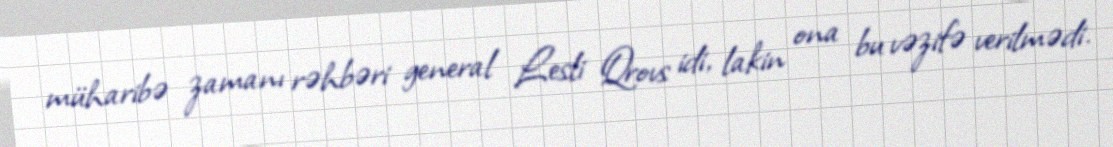
müharibə zamanı rəhbəri general Lesli Qrovs idi, lakin ona bu vəzifə verilmədi.